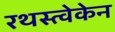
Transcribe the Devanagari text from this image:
रथस्त्वेकेन